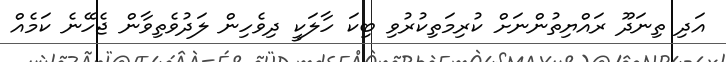
އަދި ތިނަދޫ ރައްޔިތުންނަށް ކުރިމަތިކުރުވި ބިކަ ހާލަކީ ދިވެހިން ލަދުވެތިވާން ޖެހޭނެ ކަމެއް